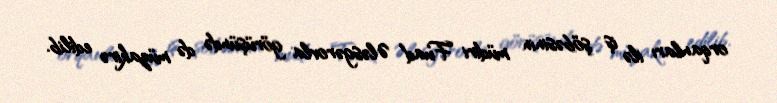
orqanları ilə iş şöbəsinin müdiri Fuad Ələsgərovla görüşündə də müzakirə edilib.